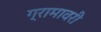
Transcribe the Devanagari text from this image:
ग्रामावरी